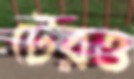
টেরও